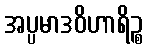
အပ္ပမာဒဝိဟာရိဉ္စ